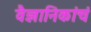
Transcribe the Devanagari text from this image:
वैज्ञानिकांचं